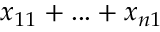
x _ { 1 1 } + . . . + x _ { n 1 }